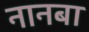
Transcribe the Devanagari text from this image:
नानबा